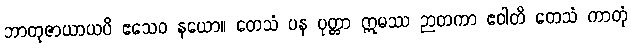
ဘာတုဇာယာယပိ ဧသေဝ နယော။ တေသံ ပန ပုတ္တာ ဣမဿ ဉာတကာ ဧဝါတိ တေသံ ကာတုံ